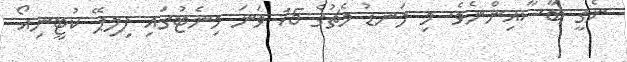
ނެގީ ބާސާއިންނެވެ. މި ލަނޑު މެޗުގެ 15 ވަނަ މިނެޓުގައި ފިލިޕޭ ކުޓީނިއޯ